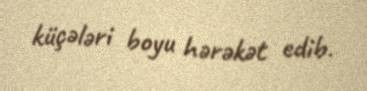
küçələri boyu hərəkət edib.